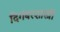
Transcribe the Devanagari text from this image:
दिगंबरशास्त्री